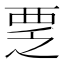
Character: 覂